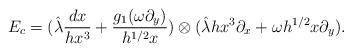
LaTeX: \begin{align*}E_c = (\hat{\lambda}\frac{dx}{hx^3} + \frac{g_1(\omega\partial_y)}{h^{1/2}x}) \otimes( \hat{\lambda}hx^3\partial_x + \omega h^{1/2}x\partial_y).\end{align*}